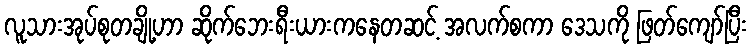
လူသားအုပ်စုတချို့ဟာ ဆိုက်ဘေးရီးယားကနေတဆင့် အလက်စကာ ဒေသကို ဖြတ်ကျော်ပြီး